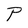
Character: P